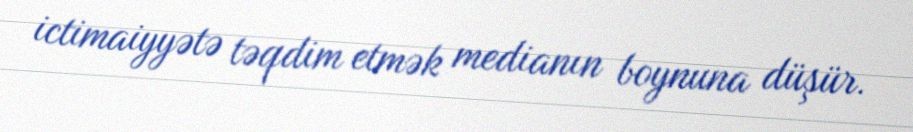
ictimaiyyətə təqdim etmək medianın boynuna düşür.